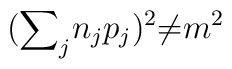
({{\sum}_{j}n_{j}p_{j}})^{2}{\neq}m^{2}